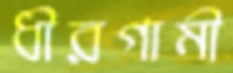
ধীরগামী